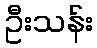
ဦးသန်း